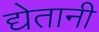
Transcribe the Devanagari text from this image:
द्येतानी